Report of the Municipal Commissioner on the plague in Bombay for the year ending 31st May... - Volume 2
Disease focus: Plague
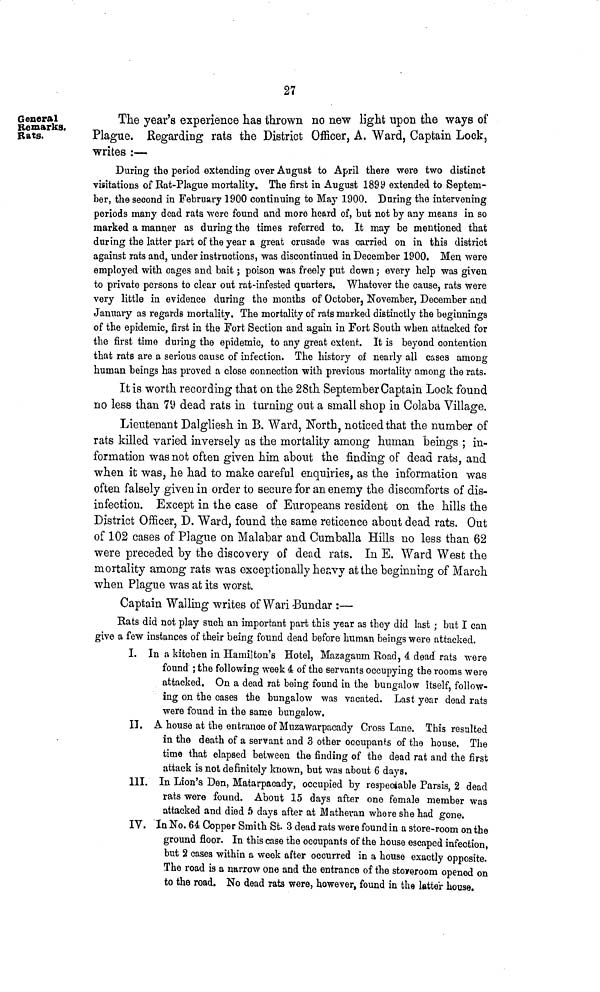
27
General
Remarks.
Rats.
The year's experience has thrown no new light upon the ways of
Plague. Regarding rats the District Officer, A. Ward, Captain Lock,
writes :—
During the period extending over August to April there were two distinct
visitations of Rat-Plague mortality. The first in August 1899 extended to Septem-
ber, the second in February 1900 continuing to May 1900. During the intervening
periods many dead rats were found and more heard of, but not by any means in so
marked a manner as during the times referred to. It may be mentioned that
during the latter part of the year a great crusade was carried on in this district
against rats and, under instructions, was discontinued in December 1900. Men were
employed with cages and bait; poison was freely put down; every help was given
to private persons to clear out rat-infested quarters. Whatever the cause, rats were
very little in evidence during the months of October, November, December and
January as regards mortality. The mortality of rats marked distinctly the beginnings
of the epidemic, first in the Fort Section and again in Fort South when attacked for
the first time during the epidemic, to any great extent. It is beyond contention
that rats are a serious cause of infection. The history of nearly all cases among
human beings has proved a close connection with previous mortality among the rats.
It is worth recording that on the 28th September Captain Lock found
no less than 79 dead rats in turning out a small shop in Colaba Village.
Lieutenant Dalgliesh in B. Ward, North, noticed that the number of
rats killed varied inversely as the mortality among human beings ; in-
formation was not often given him about the finding of dead rats, and
when it was, he had to make careful enquiries, as the information was
often falsely given in order to secure for an enemy the discomforts of dis-
infection. Except in the case of Europeans resident on the hills the
District Officer, D. Ward, found the same reticence about dead rats. Out
of 102 cases of Plague on Malabar and Cumballa Hills no less than 62
were preceded by the discovery of dead rats. In E. Ward West the
mortality among rats was exceptionally heavy at the beginning of March
when Plague was at its worst.
Captain Walling writes of Wari -Bundar :—
Rats did not play such an important part this year as they did last ; but I can
give a few instances of their being found dead before human beings were attacked.
I. In a kitchen in Hamilton's Hotel, Mazaganm Road, 4 dead rats were
found ; the following week 4 of the servants occupying the rooms were
attacked. On a dead rat being found in the bungalow itself, follow-
ing on the cases the bungalow was vacated. Last year dead rats
were found in the same bungalow.
II. A house at the entrance of Muzawarpacady Cross Lane. This resulted
in the death of a servant and 3 other occupants of the house. The
time that elapsed between the finding of the dead rat and the first
attack is not definitely known, but was about 6 days.
III. In Lion's Den, Matarpacady, occupied by respectable Parsis, 2 dead
rats were found. About 15 days after one female member was
attacked and died 5 days after at Mathevan where she had gone.
IV. In No. 64 Copper Smith St. 3 dead rats were found in a store-room on the
ground floor. In this case the occupants of the house escaped infection,
but 2 cases within a week after occurred in a house exactly opposite.
The road is a narrow one and the entrance of the storeroom opened on
to the road. No dead rats were, however, found in the latter house.